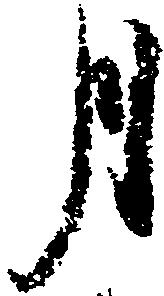
月